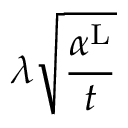
\lambda \sqrt { \frac { \alpha ^ { \mathrm { L } } } { t } }